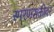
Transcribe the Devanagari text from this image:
स्मरणशक्तीवर